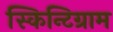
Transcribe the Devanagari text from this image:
स्किन्टिग्राम